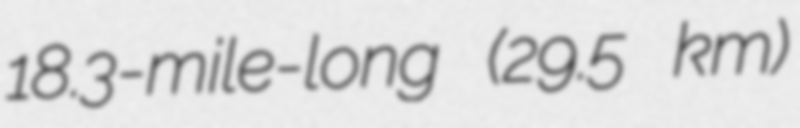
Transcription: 18.3-mile-long (29.5 km)